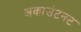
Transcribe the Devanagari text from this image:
अकाउंटनट